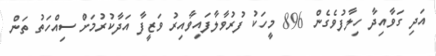
އަދި ގަވާއިދާ ހިލާފުވެގެން 896 މީހަކު ފުރުވާލާފައިވާއިރު ވަޒީފާ އަދާކުރުމަށް ސިއްހަތު ތަން